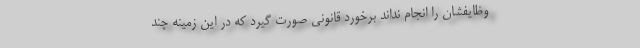
وظایفشان را انجام نداند برخورد قانونی صورت گیرد که در این زمینه چند